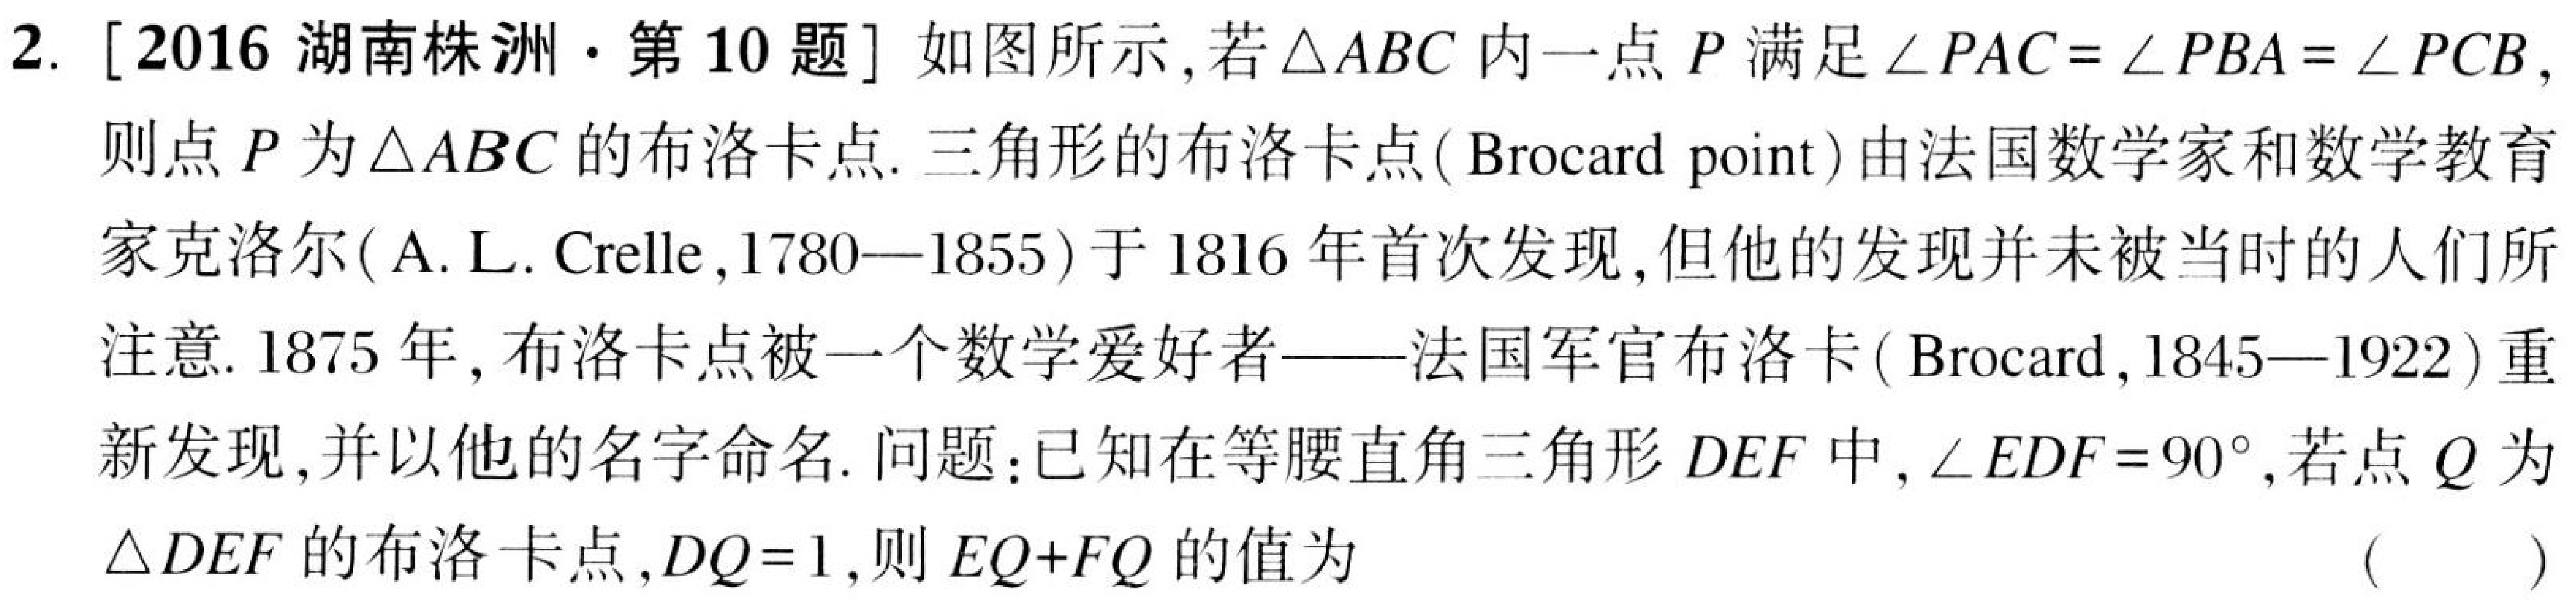
2. [2016 湖南株洲·第 10 题] 如图所示,若$\triangle ABC$内一点$P$满足$\angle PAC=\angle PBA = \angle PCB$,则点$P$为$\triangle ABC$的布洛卡点. 三角形的布洛卡点( Brocard point)由法国数学家和数学教育家克洛尔( A. L. Crelle ,1780—1855)于 1816 年首次发现,但他的发现并未被当时的人们所注意. 1875 年,布洛卡点被一个数学爱好者——法国军官布洛卡( Brocard ,1845—1922)重新发现,并以他的名字命名. 问题：已知在等腰直角三角形$DEF$中,$\angle EDF = 90^{\circ}$,若点$Q$为$\triangle DEF$的布洛卡点,$DQ = 1$,则$EQ + FQ$的值为 （  ）